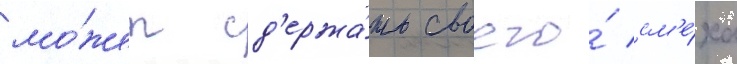
мо́жет сд'ержа́ть своего́ см'е́ха